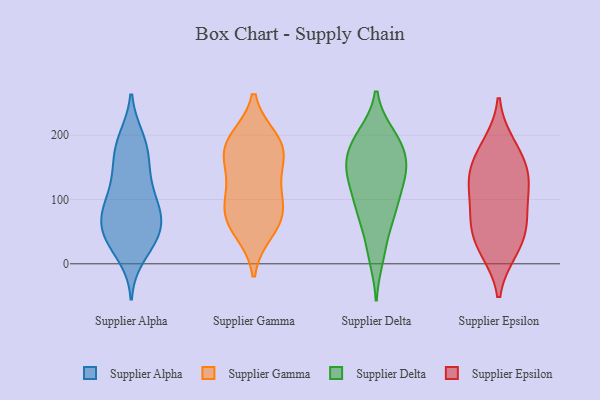
{"axis": {"x": "Net Income (USD K)", "y": "Value"}, "legend": ["Supplier Alpha", "Supplier Delta", "Supplier Epsilon", "Supplier Gamma"], "data": [{"x": "", "y": 12, "type": "Supplier Alpha"}, {"x": "", "y": 91, "type": "Supplier Alpha"}, {"x": "", "y": 155, "type": "Supplier Alpha"}, {"x": "", "y": 29, "type": "Supplier Alpha"}, {"x": "", "y": 69, "type": "Supplier Alpha"}, {"x": "", "y": 196, "type": "Supplier Alpha"}, {"x": "", "y": 83, "type": "Supplier Alpha"}, {"x": "", "y": 182, "type": "Supplier Alpha"}, {"x": "", "y": 103, "type": "Supplier Alpha"}, {"x": "", "y": 165, "type": "Supplier Alpha"}, {"x": "", "y": 96, "type": "Supplier Alpha"}, {"x": "", "y": 126, "type": "Supplier Alpha"}, {"x": "", "y": 50, "type": "Supplier Alpha"}, {"x": "", "y": 35, "type": "Supplier Alpha"}, {"x": "", "y": 43, "type": "Supplier Alpha"}, {"x": "", "y": 45, "type": "Supplier Alpha"}, {"x": "", "y": 141, "type": "Supplier Alpha"}, {"x": "", "y": 67, "type": "Supplier Alpha"}, {"x": "", "y": 196, "type": "Supplier Alpha"}, {"x": "", "y": 72, "type": "Supplier Alpha"}, {"x": "", "y": 192, "type": "Supplier Gamma"}, {"x": "", "y": 78, "type": "Supplier Gamma"}, {"x": "", "y": 183, "type": "Supplier Gamma"}, {"x": "", "y": 86, "type": "Supplier Gamma"}, {"x": "", "y": 179, "type": "Supplier Gamma"}, {"x": "", "y": 68, "type": "Supplier Gamma"}, {"x": "", "y": 175, "type": "Supplier Gamma"}, {"x": "", "y": 138, "type": "Supplier Gamma"}, {"x": "", "y": 114, "type": "Supplier Gamma"}, {"x": "", "y": 52, "type": "Supplier Gamma"}, {"x": "", "y": 80, "type": "Supplier Delta"}, {"x": "", "y": 194, "type": "Supplier Delta"}, {"x": "", "y": 192, "type": "Supplier Delta"}, {"x": "", "y": 195, "type": "Supplier Delta"}, {"x": "", "y": 79, "type": "Supplier Delta"}, {"x": "", "y": 25, "type": "Supplier Delta"}, {"x": "", "y": 161, "type": "Supplier Delta"}, {"x": "", "y": 124, "type": "Supplier Delta"}, {"x": "", "y": 200, "type": "Supplier Delta"}, {"x": "", "y": 131, "type": "Supplier Delta"}, {"x": "", "y": 166, "type": "Supplier Delta"}, {"x": "", "y": 11, "type": "Supplier Delta"}, {"x": "", "y": 78, "type": "Supplier Delta"}, {"x": "", "y": 156, "type": "Supplier Delta"}, {"x": "", "y": 153, "type": "Supplier Delta"}, {"x": "", "y": 139, "type": "Supplier Delta"}, {"x": "", "y": 128, "type": "Supplier Delta"}, {"x": "", "y": 85, "type": "Supplier Delta"}, {"x": "", "y": 22, "type": "Supplier Epsilon"}, {"x": "", "y": 68, "type": "Supplier Epsilon"}, {"x": "", "y": 58, "type": "Supplier Epsilon"}, {"x": "", "y": 134, "type": "Supplier Epsilon"}, {"x": "", "y": 143, "type": "Supplier Epsilon"}, {"x": "", "y": 66, "type": "Supplier Epsilon"}, {"x": "", "y": 171, "type": "Supplier Epsilon"}, {"x": "", "y": 184, "type": "Supplier Epsilon"}, {"x": "", "y": 122, "type": "Supplier Epsilon"}, {"x": "", "y": 24, "type": "Supplier Epsilon"}, {"x": "", "y": 115, "type": "Supplier Epsilon"}]}